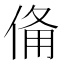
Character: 𬾨